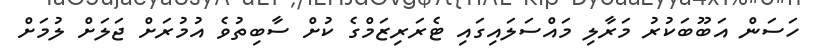
ހަސަން އަބޫބަކުރު މަރާލި މައްސަލައިގައި ޓެރަރިޒަމްގެ ކުށް ސާބިތުވެ އުމުރަށް ޖަލަށް ލުމަށް